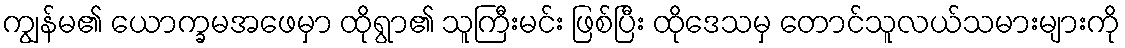
ကျွန်မ၏ ယောက္ခမအဖေမှာ ထိုရွာ၏ သူကြီးမင်း ဖြစ်ပြီး ထိုဒေသမှ တောင်သူလယ်သမားများကို